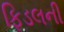
ફિડલની